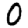
Digit: 0